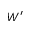
W ^ { \prime }